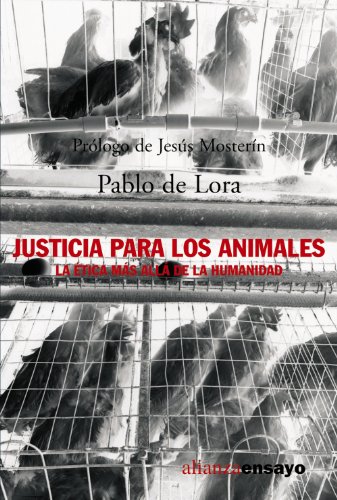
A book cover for Justicia para los animales / Justice for animals: La Etica Mas Alla De La Humanidad / the Ethics Beyond Humanity (Alianza Ensayo) (Spanish Edition); Pablo De Lora; Science & Math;